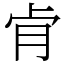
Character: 肻